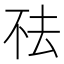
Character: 𬻛